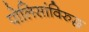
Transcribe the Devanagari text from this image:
पोलिसांविरुद्ध